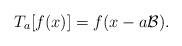
LaTeX: \begin{align*} T_{a}[f(x)] = f(x - a \mathcal{B}). \end{align*}